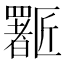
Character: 𱑈